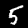
Digit: 5